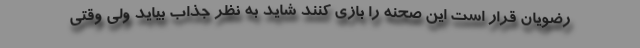
رضویان قرار است این صحنه را بازی کنند شاید به نظر جذاب بیاید ولی وقتی